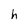
Character: h